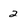
Character: 2